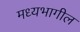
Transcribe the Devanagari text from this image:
मध्यभागील